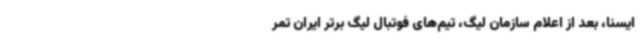
ایسنا، بعد از اعلام سازمان لیگ، تیم‌های فوتبال لیگ برتر ایران تمر